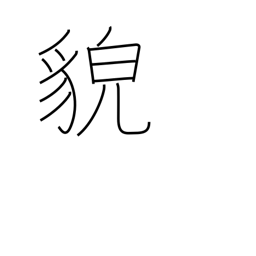
Meaning: countenance